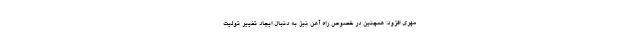
مهری افزود: همچنین در خصوص راه آهن نیز به دنبال ایجاد تغییر تولیت